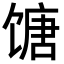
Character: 𬳍